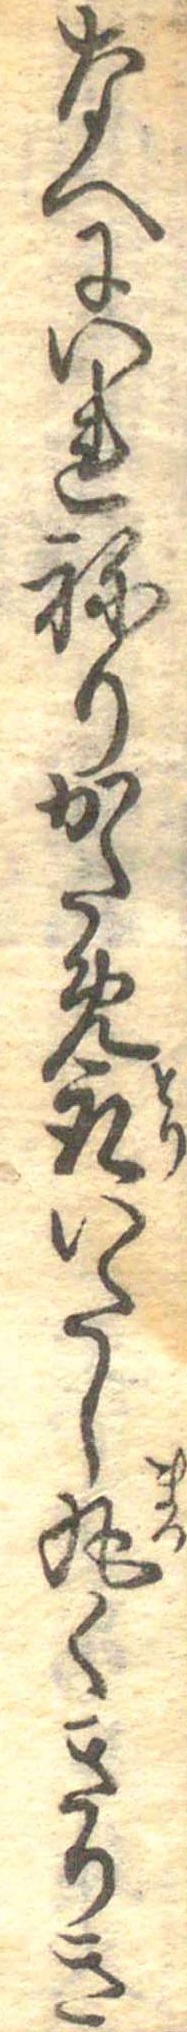
なへにいれねりかため取いたし丸くきりき